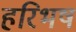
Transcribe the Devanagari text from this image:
हरिभष